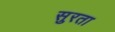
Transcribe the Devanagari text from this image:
सुरता